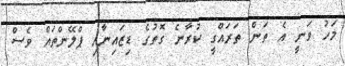
މަހު ވަނީ އެ ތަން ތަރައްގީ ކުރާނެ ގޮތުގެ ޑިޒައިނާއި ޕްލޭންތައް ވެސް